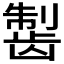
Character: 𱌸